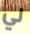
لي